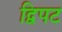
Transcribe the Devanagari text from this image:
द्विपट